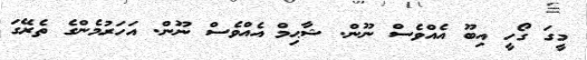
މީގަ ގޯހީ އިބޫ އެއްވެސް ނޫން. ޝާޙިމް އެއްވެސް ނޫން. އަހަރުމެންގެ ތެރޭގަ